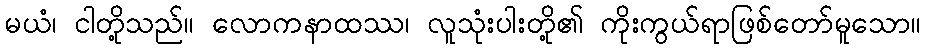
မယံ၊ ငါတို့သည်။ လောကနာထဿ၊ လူသုံးပါးတို့၏ ကိုးကွယ်ရာဖြစ်တော်မူသော။